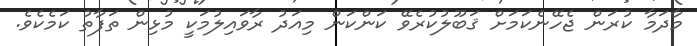
މާދަމާ ކުރަން ޖެހޭނެކަމަށް ޤަބޫލުކުރެވޭ ކަންކަން މިއަދު ރާވައިލުމަކީ މުޅިން ތަފާތު ކަމެކެވެ.